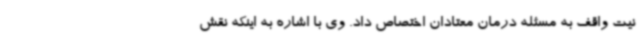
نیت واقف به مسئله درمان معتادان اختصاص داد. وی با اشاره به اینکه نقش